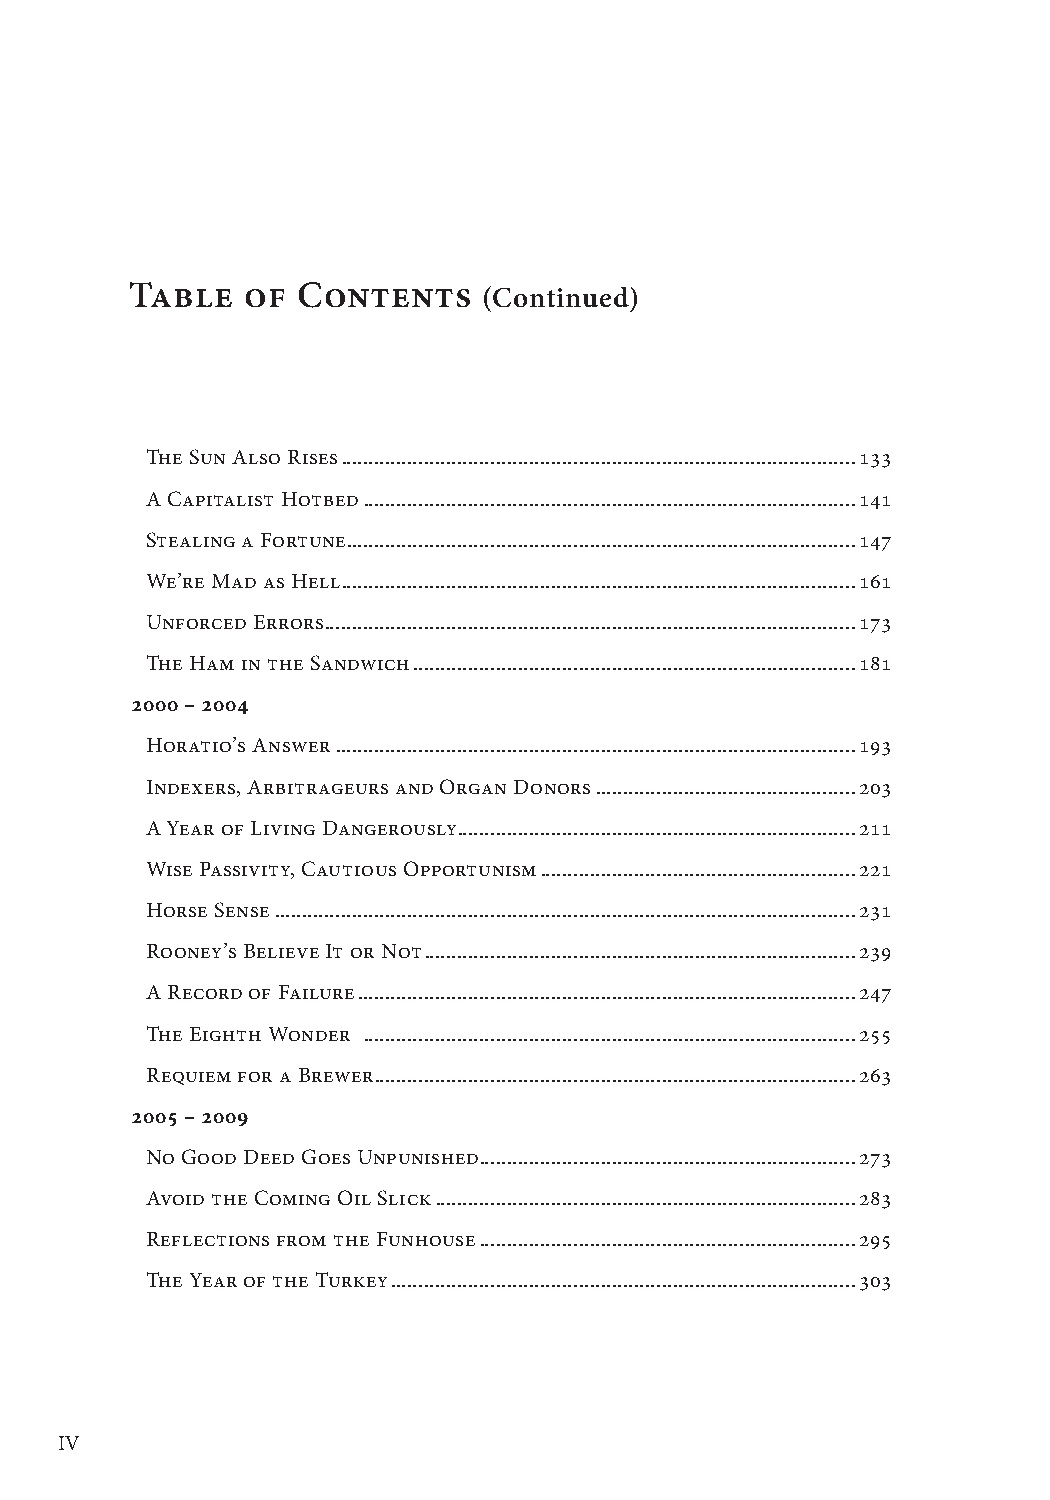
Table  of  Contents    (Continued)
 The Sun Also Rises .............................................................................................133
 A Capitalist Hotbed .........................................................................................141
 Stealing a Fortune ............................................................................................147
 We’re Mad as Hell .............................................................................................161
 Unforced Errors ................................................................................................173
 The Ham in the Sandwich ................................................................................181
 2000 – 2004
 Horatio’s Answer ..............................................................................................193
 Indexers, Arbitrageurs and Organ Donors ...............................................203
 A Year of Living Dangerously ........................................................................211
 Wise Passivity, Cautious Opportunism .........................................................221
 Horse Sense .........................................................................................................231
 Rooney’s Believe It or Not ..............................................................................239
 A Record of Failure ..........................................................................................247
 The Eighth Wonder .........................................................................................255
 Requiem for a Brewer .......................................................................................263
 2005 – 2009
 No Good Deed Goes Unpunished ....................................................................273
 Avoid the Coming Oil Slick ............................................................................283
 Reflections from the Funhouse ....................................................................295
 The Year of the Turkey ....................................................................................303
 IV